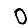
Digit: 0